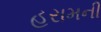
હરામની